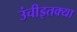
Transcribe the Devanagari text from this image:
उंचीइतक्या